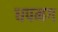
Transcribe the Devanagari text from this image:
धपमग